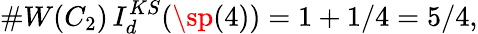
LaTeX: \# W(C_{2})\, I_{d}^{KS}(\sp(4))=1+1/4=5/4,